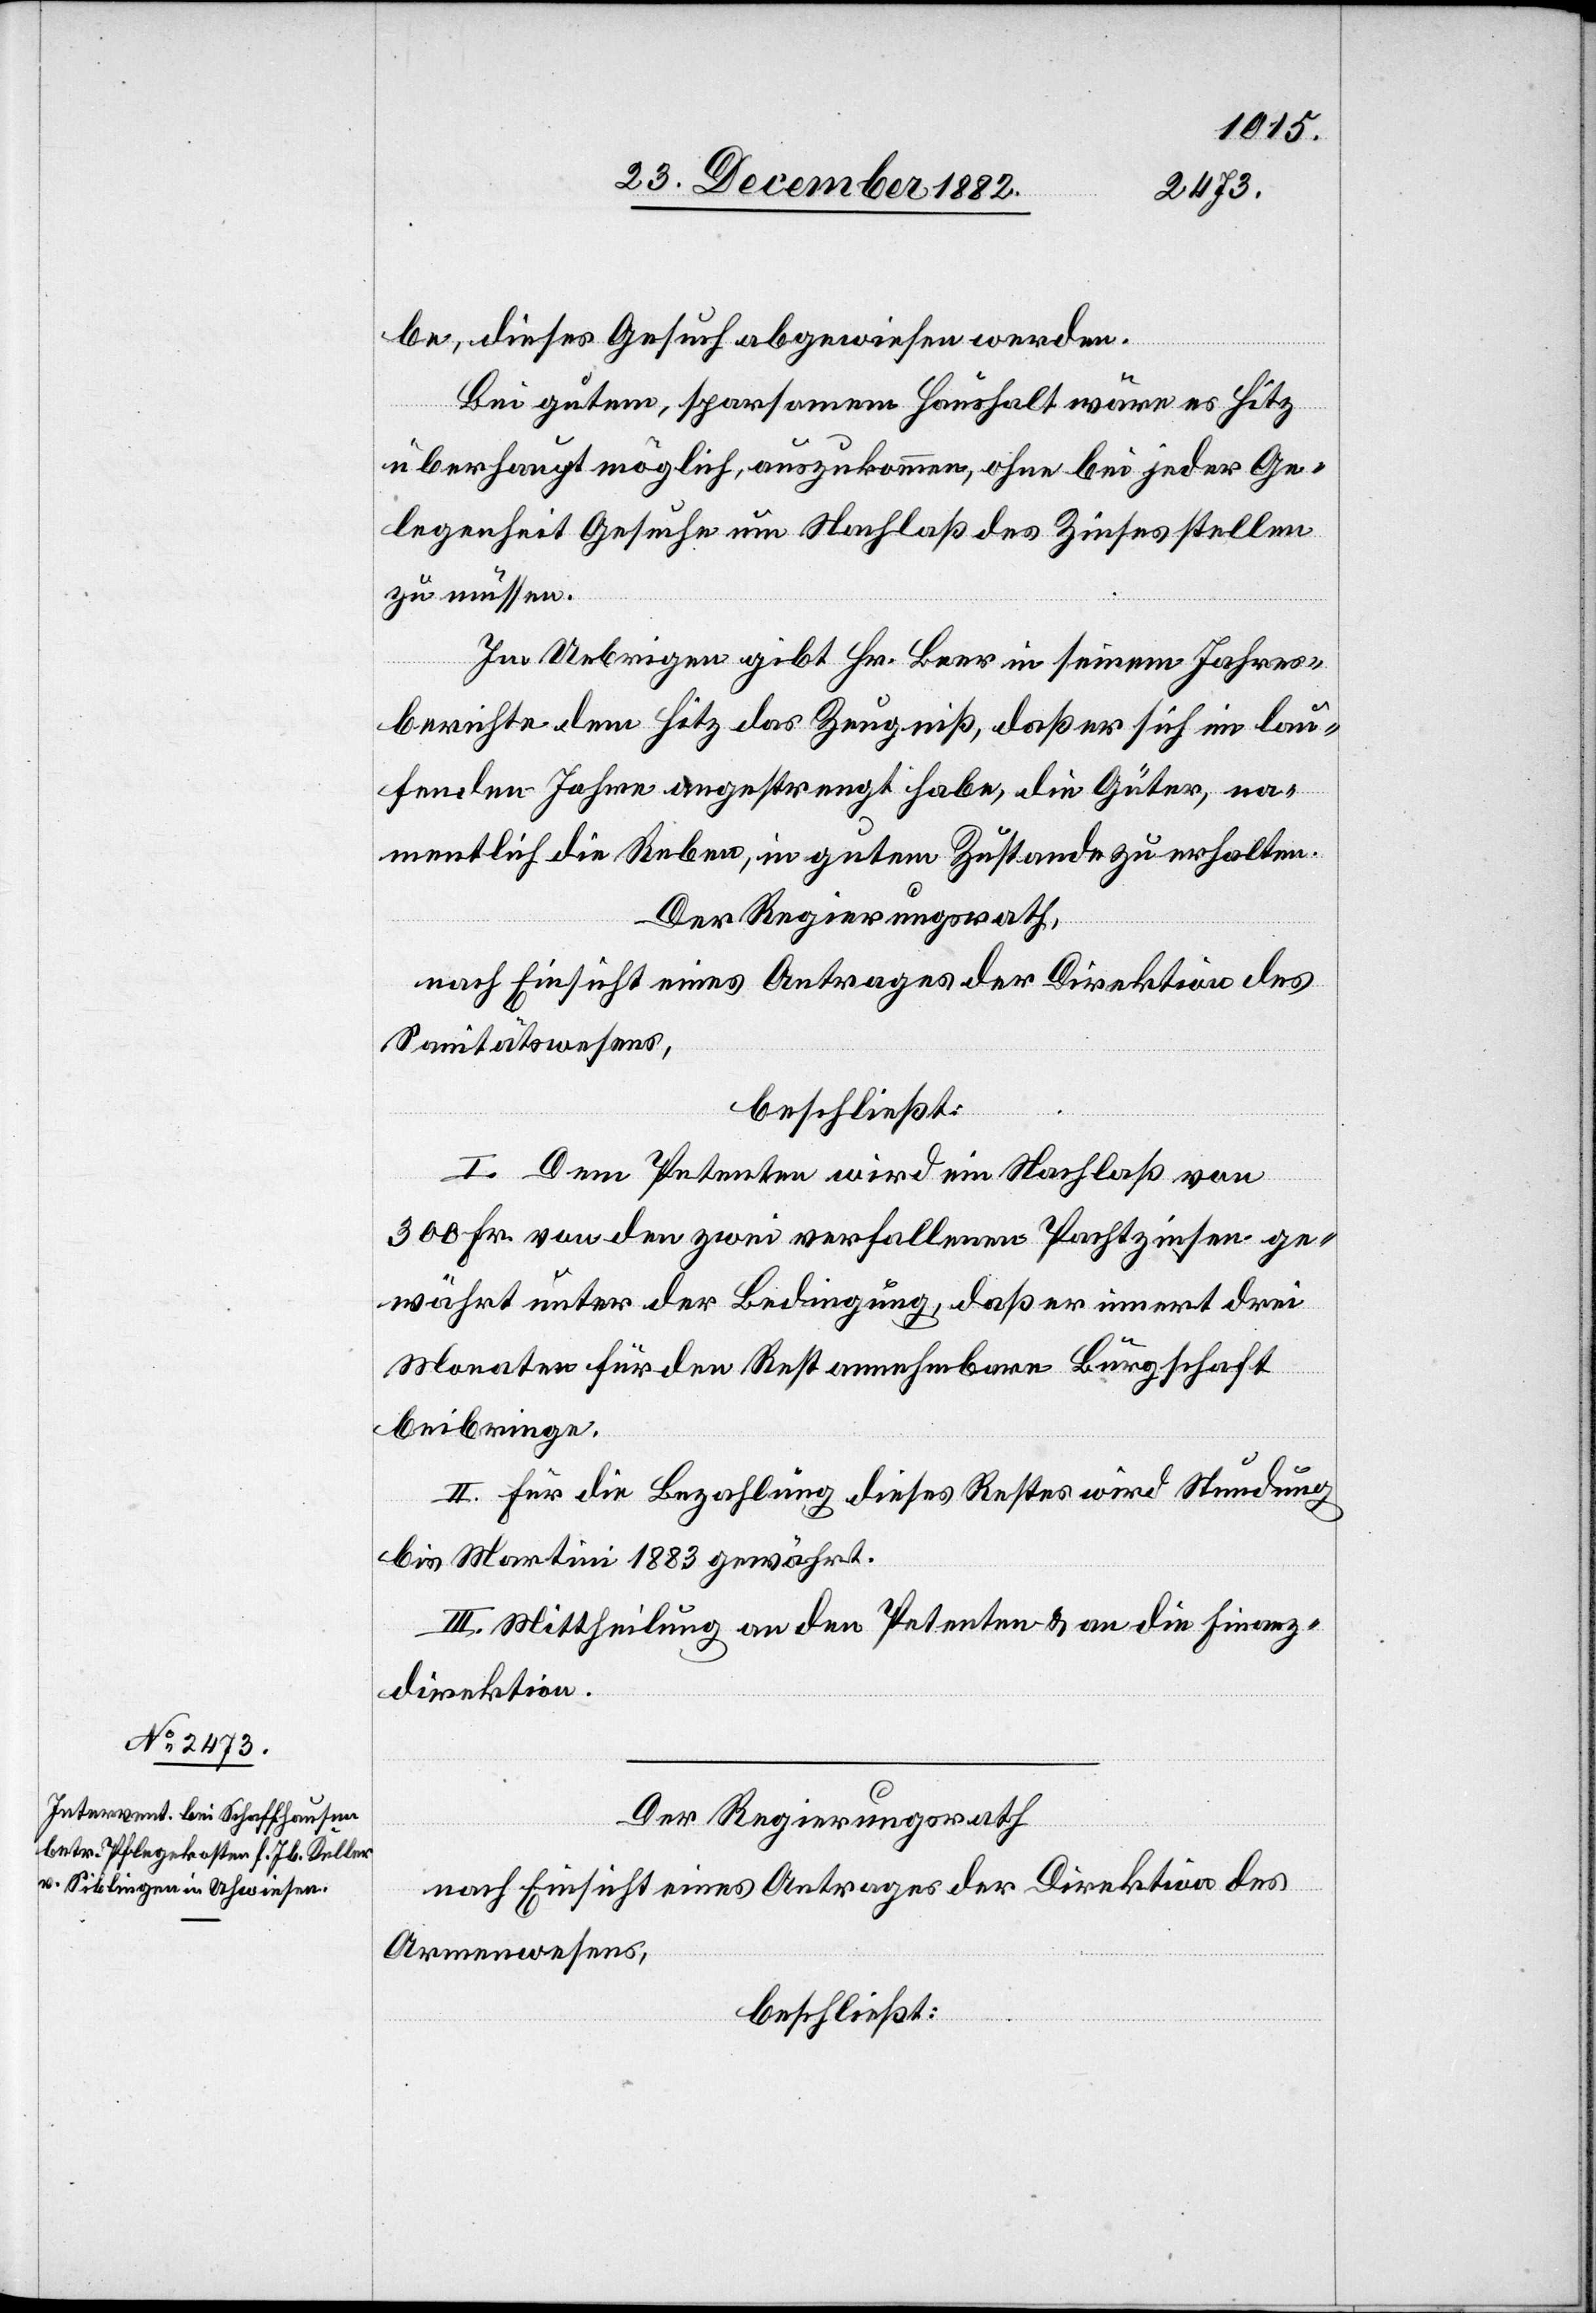
be, dieses Gesuch abgewiesen werde.
Bei gutem, sparsamem Haushalt wäre es Hitz
überhaupt möglich auszukommen, ohne bei jeder Ge¬
legenheit Gesuche um Nachlaß des Zinses stellen
zu müssen.
Im Uebrigen gibt Hr. Beer in seinem Jahres¬
berichte dem Hitz das Zeugniß, daß er sich im lau¬
fenden Jahre angestrengt habe, die Güter, na¬
mentlich die Reben, in gutem Zustande zu erhalten.
Der Regierungsrath,
nach Einsicht eines Antrages der Direktion des
Sanitätswesens,
beschließt:
I. Dem Petenten wird ein Nachlaß von
300 Fr. von den zwei verfallenen Pachtzinsen ge¬
währt unter der Bedingung, daß er innert drei
Monaten für den Rest annehmbare Bürgschaft
beibringe.
II. Für die Bezahlung dieses Restes wird Stundung
bis Martini 1883 gewährt.
III. Mittheilung an den Petenten & an die Finanz¬
direktion.
Der Regierungsrath
nach Einsicht eines Antrages der Direktion des
Armenwesens,
beschließt: